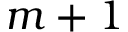
m + 1